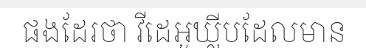
ផងដែរថា វីដេអូឃ្លីបដែលមាន